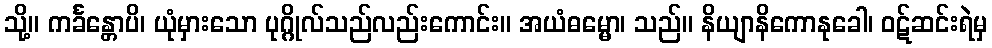
သို့။ ကင်္ခန္တောပိ၊ ယုံမှားသော ပုဂ္ဂိုလ်သည်လည်းကောင်း။ အယံဓမ္မော၊ သည်။ နိယျာနိကောနုခေါ၊ ဝဋ်ဆင်းရဲမှ